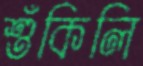
শুঁকিলি